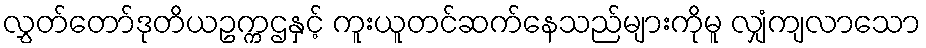
လွှတ်တော်ဒုတိယဥက္ကဌနှင့် ကူးယူတင်ဆက်နေသည်များကိုမူ လျှံကျလာသော